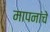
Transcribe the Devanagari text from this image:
मापनांचे